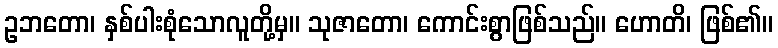
ဥဘတော၊ နှစ်ပါးစုံသောလူတို့မှ။ သုဇာတော၊ ကောင်းစွာဖြစ်သည်။ ဟောတိ၊ ဖြစ်၏။